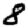
Digit: 8